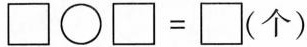
$$\Box \bigcirc \Box = \Box$$(个)